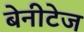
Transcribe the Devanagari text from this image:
बेनीटेज